Civil Veterinary Department. Madras. Admin. report 1926-33 - 1926-1933
Year: 1926
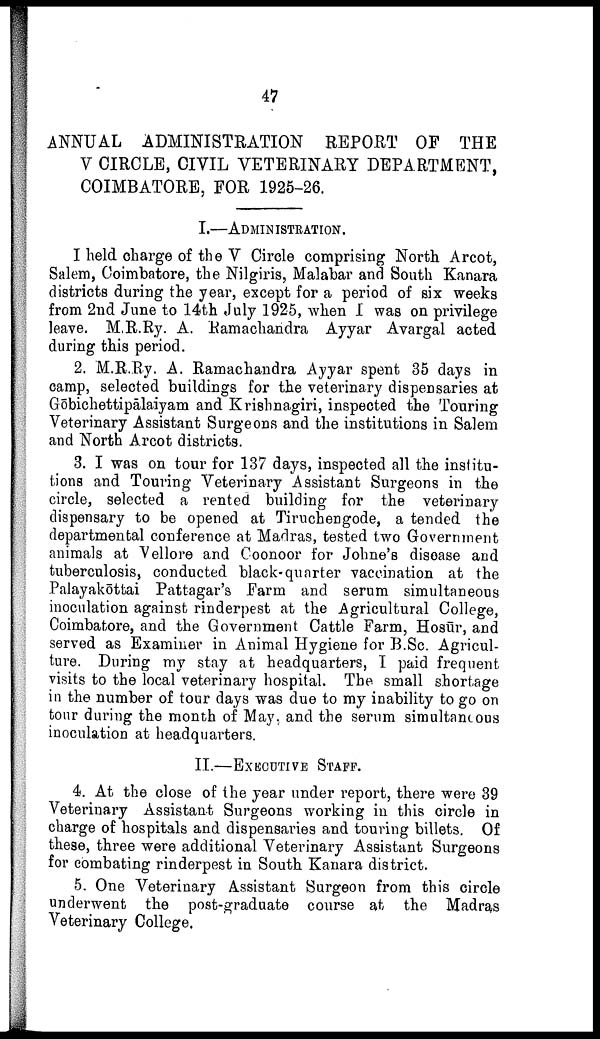
47
ANNUAL ADMINISTRATION REPORT OF THE
V CIRCLE, CIVIL VETERINARY DEPARTMENT,
COIMBATORE, FOR 1925-26.
I.—ADMINISTRATION.
I held charge of the V Circle comprising North Arcot,
Salem, Coimbatore, the Nilgiris, Malabar and South Kanara
districts during the year, except for a period of six weeks
from 2nd June to 14th July 1925, when I was on privilege
leave. M.R.Ry. A. Ramachandra Ayyar Avargal acted
during this period.
2. M.R.Ry. A. Ramachandra Ayyar spent 35 days in
camp, selected buildings for the veterinary dispensaries at
Gōbichettipālaiyam and Krishnagiri, inspected the Touring
Veterinary Assistant Surgeons and the institutions in Salem
and North Arcot districts.
3. I was on tour for 137 days, inspected all the institu
tions and Touring Veterinary Assistant Surgeons in the
circle, selected a rented building for the veterinary
dispensary to be opened at Tiruchengode, a tended the
departmental conference at Madras, tested two Government
animals at Vellore and Coonoor for Johne's discase and
tuberculosis, conducted black-quarter vaccination at the
Palayakōttai Pattagar's Farm and serum simultaneous
inoculation against rinderpest at the Agricultural College,
Coimbatore, and the Government Cattle Farm, Hosur, and
served as Examiner in Animal Hygiene for B.Sc. Agricul
ture. During my stay at headquarters, I paid frequent
visits to the local veterinary hospital. The small shortage
in the number of tour days was due to my inability to go on
tour during the month of May. and the serum simultaneous
inoculation at headquarters.
II.—EXECUTIVE STAFF.
4. At the close of the year under report, there were 39
Veterinary Assistant Surgeons working in this circle in
charge of hospitals and dispensaries and touring billets. Of
these, three were additional Veterinary Assistant Surgeons
for combating rinderpest in South Kanara district.
5. One Veterinary Assistant Surgeon from this circle
underwent the post-graduate course at the Madras
Veterinary College.